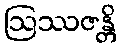
ဩဿဇန္တိ